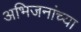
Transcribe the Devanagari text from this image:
अभिजनांच्या